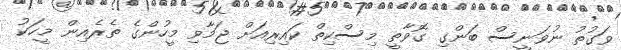
ވަގުތު ނުވަނީސް ބަންގި ގޮވާތީ މިސްކިތް ކައިރިއަށް ޖަމާވި މީހުންގެ ތެރެއިން މީހަކު